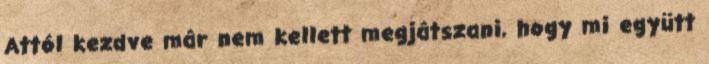
Attól kezdve már nem kellett megjátszani, hogy mi együtt